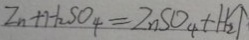
Z n + H _ { 2 } S O _ { 4 } = Z n S O _ { 4 } + H _ { 2 } \uparrow